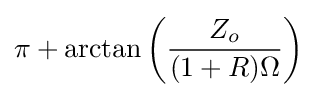
\pi +\arctan {\left({\frac {Z_{o}}{(1+R)\Omega }}\right)}